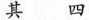
其四